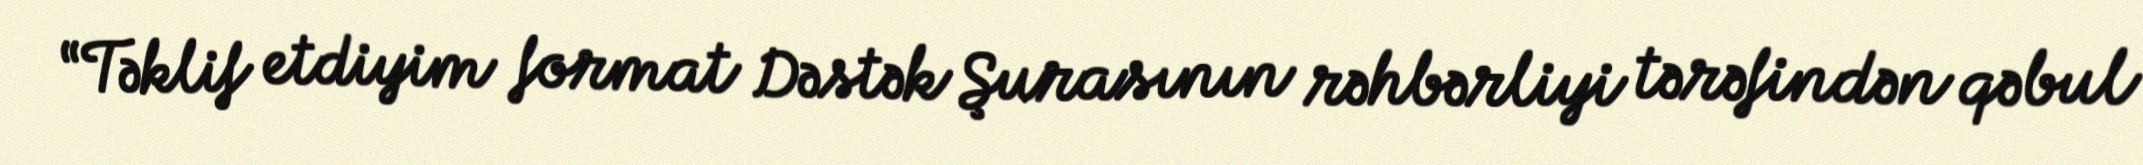
“Təklif etdiyim format Dəstək Şurasının rəhbərliyi tərəfindən qəbul